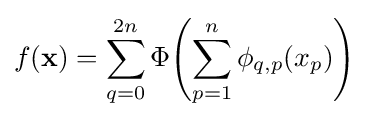
f(\mathbf {x} )=\sum _{q=0}^{2n}\Phi \!\left(\sum _{p=1}^{n}\phi _{q,p}(x_{p})\right)